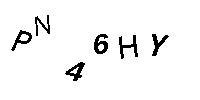
PN46HY